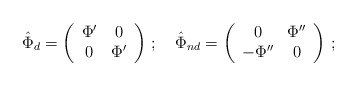
\begin{align*} \hat\Phi_d=\left(\begin{array}{ccc}\Phi'&0\\ 0&\Phi'\\ \end{array} \right)\,;\,\,\,\,\,\, \hat\Phi_{nd}=\left(\begin{array}{ccc}0&\Phi''\\ -\Phi''&0\\ \end{array} \right)\,;\end{align*}